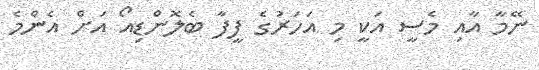
ނޭމާ އާއި މެސީ އަކީ މި އަހަރުގެ ފީފާ ބެލޮންޑިއޯ އަށް އެންމެ